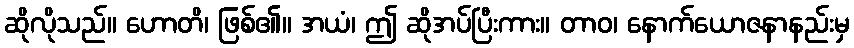
ဆိုလိုသည်။ ဟောတိ၊ ဖြစ်၏။ အယံ၊ ဤ ဆိုအပ်ပြီးကား။ တာဝ၊ နောက်ယောဇနာနည်းမှ